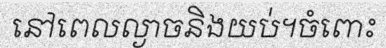
នៅពេលល្ងាចនិងយប់។ចំពោះ